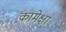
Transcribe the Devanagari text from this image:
कामेक्षा